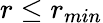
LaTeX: r\leq r_{min}